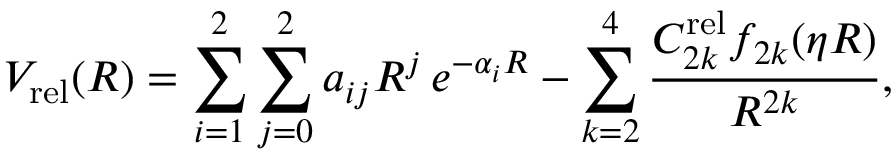
V _ { \mathrm { r e l } } ( R ) = \sum _ { i = 1 } ^ { 2 } \sum _ { j = 0 } ^ { 2 } a _ { i j } R ^ { j } \, e ^ { - \alpha _ { i } R } - \sum _ { k = 2 } ^ { 4 } \frac { C _ { 2 k } ^ { \mathrm { r e l } } f _ { 2 k } ( \eta R ) } { R ^ { 2 k } } ,